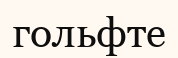
гольфте